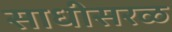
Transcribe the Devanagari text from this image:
साधीसरळ